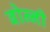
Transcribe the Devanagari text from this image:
बोन्‍नी